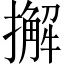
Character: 𢶷